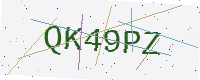
Text: QK49PZ